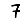
Digit: 7